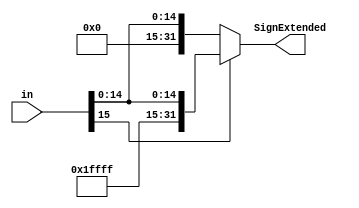
`timescale 1ns / 1ns
module SignExtend(in, SignExtended);
    output [31:0] SignExtended;
    input [15:0] in;
    assign SignExtended = (in[15] == 1'b0) ? {16'b0, in} : {16'b1111111111111111, in};
endmodule // SignExtend